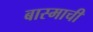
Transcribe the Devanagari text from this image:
बास्माची